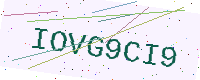
Text: IOVG9CI9